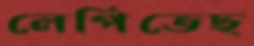
লেপিতেছ